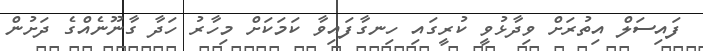
ފައިސަލް އިތުރަށް ވިދާޅުވީ ކުރީގައި ހިނގާފައިވާ ކަމަކަށް މިހާރު ހަދާ ގާނޫނެއްގެ ދަށުން